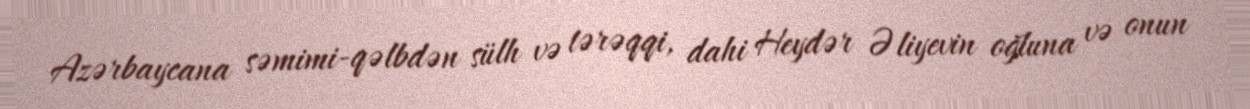
Azərbaycana səmimi-qəlbdən sülh və tərəqqi, dahi Heydər Əliyevin oğluna və onun